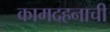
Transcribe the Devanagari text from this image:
कामदहनाची